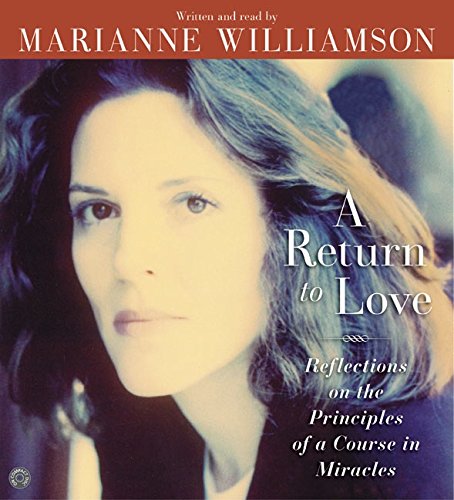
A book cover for A Return to Love CD; Marianne Williamson; Self-Help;